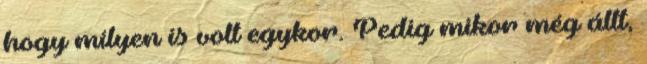
hogy milyen is volt egykor. Pedig mikor még állt,